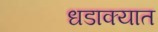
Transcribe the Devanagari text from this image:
धडाक्‍यात